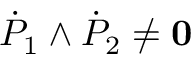
{ \dot { P } } _ { 1 } \wedge { \dot { P } } _ { 2 } \not = { \bf 0 }